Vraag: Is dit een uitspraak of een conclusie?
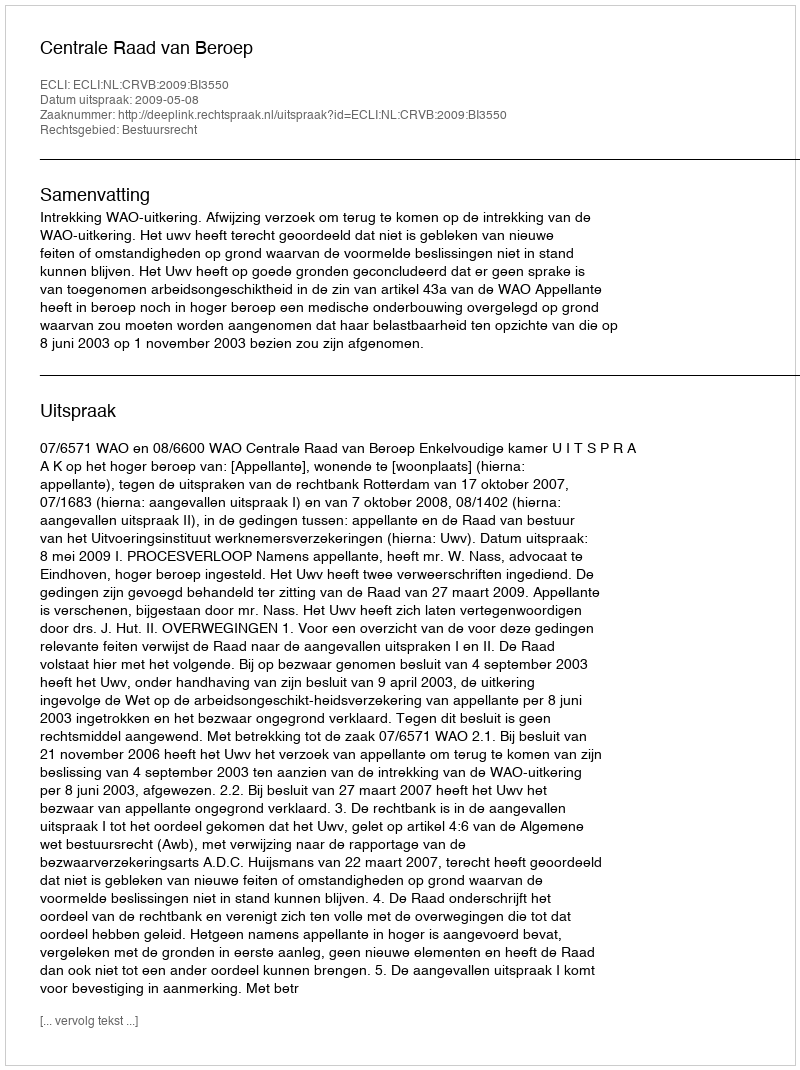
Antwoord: Uitspraak